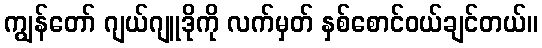
ကျွန်တော် ဂျယ်ဂျူဒိုကို လက်မှတ် နှစ်စောင်ဝယ်ချင်တယ်။